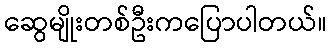
ဆွေမျိုးတစ်ဦးကပြောပါတယ်။